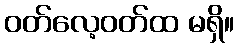
ဝတ်လေ့ဝတ်ထ မရှိ။